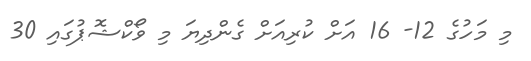
މި މަހުގެ 12- 16 އަށް ކުރިއަށް ގެންދިޔަ މި ވޯކްޝޮޕުގައި 30